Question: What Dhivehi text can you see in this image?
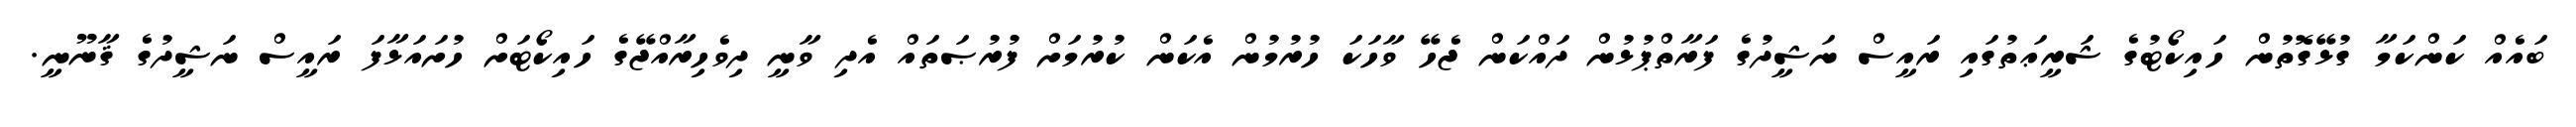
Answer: ބައެއް ކަންކަމާ ގުޅޭގޮތުން ހައިކޯޓުގެ ޝަރީޢަތުގައި ރައީސް ނަޝީދުގެ ފަރާތްޕުޅުން ދައްކަން ޖެހޭ ވާހަކަ ހުރުމުން އެކަން ކުރުމަށް ފުރުޞަތައް އެދި ވާނީ ދިވެހިރާއްޖޭގެ ހައިކޯޓަށް ހުށައަޅާފަ ރައީސް ނަޝީދުގެ ޤާނޫނީ.